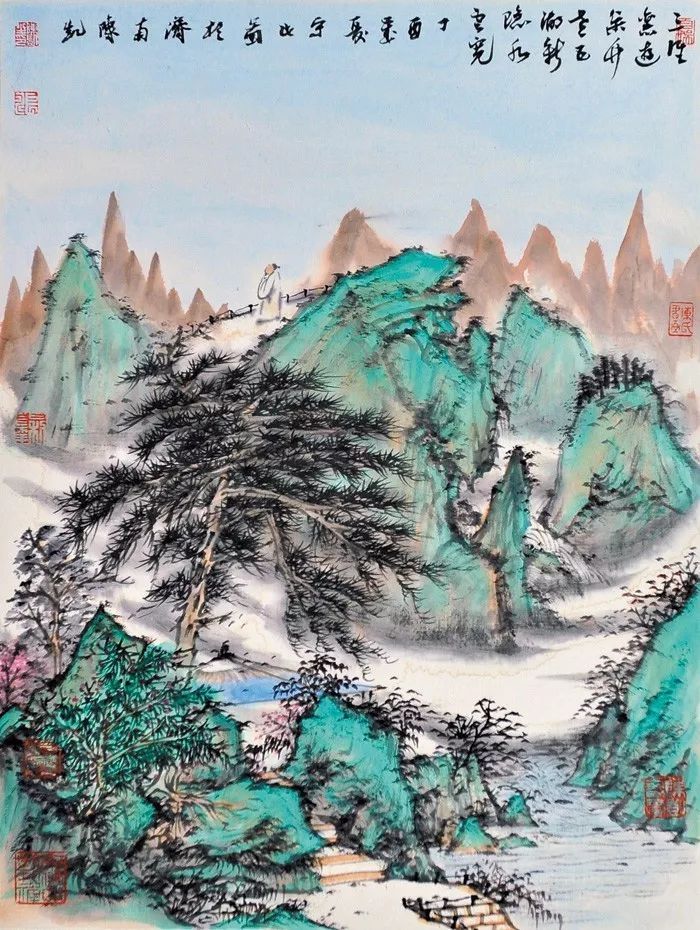
归来三径重扫，松竹本吾家。